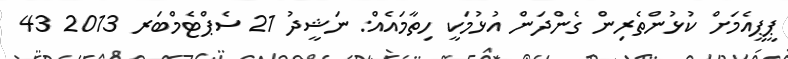
ޕީޕީއެމަށް ކުޅުންތެރިން ގެންދަން އުޅުމަކީ ހިތާމައެއް: ނަޝީދު 21 ސެޕްޓެމްބަރ 2013 43